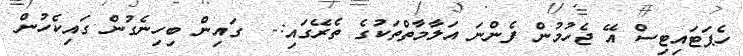
ހެޕަޓައިޓިސް އޭ ޖެހުމުން ފެންނަ އަލާމާތްތަކުގެ ތެރޭގައި:-  ގައިން ބިހިނެގުން ގައިކެހުން